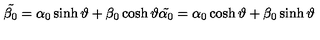
\tilde { \beta _ { 0 } } = \alpha _ { 0 } \sinh { \vartheta } + \beta _ { 0 } \cosh { \vartheta } \tilde { \alpha _ { 0 } } = \alpha _ { 0 } \cosh { \vartheta } + \beta _ { 0 } \sinh { \vartheta }